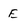
Character: E